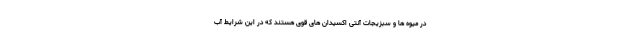
در میوه ها و سبزیجات آنتی اکسیدان های قوی هستند که در این شرایط آب